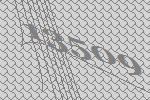
13509